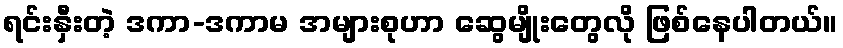
ရင်းနှီးတဲ့ ဒကာ-ဒကာမ အများစုဟာ ဆွေမျိုးတွေလို ဖြစ်နေပါတယ်။